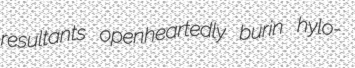
resultants openheartedly burin hylo-